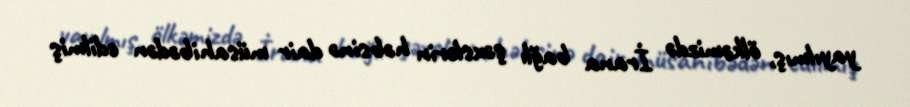
yayılmış, ölkəmizdə İrana bağlı şəxslərin həbsinə dair müsahibədən edilmiş